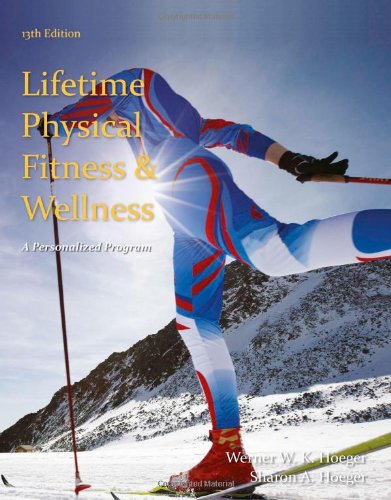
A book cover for Lifetime Physical Fitness and Wellness: A Personalized Program; Wener W.K. Hoeger; Medical Books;